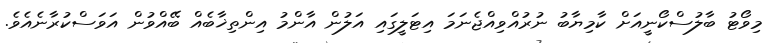
މިވޯޓު ބާލުސްކޯނީއަށް ކާމިޔާބު ނުރުއްވިއްޖެނަމަ އިޓަލީގައި އަލުން އާންމު އިންތިޚާބެއް ބޭއްވުން އަވަސްކުރާނެއެވެ.